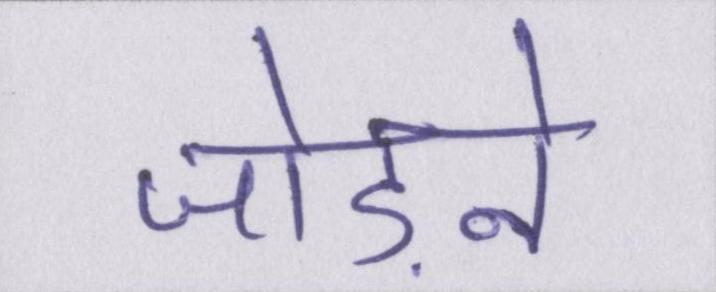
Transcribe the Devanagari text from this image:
जोड़ने